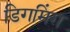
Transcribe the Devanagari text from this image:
डिगमिंग